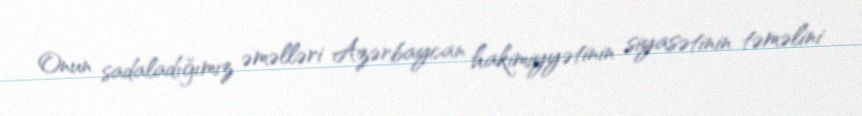
Onun sadaladığımız əməlləri Azərbaycan hakimiyyətinin siyasətinin təməlini